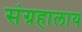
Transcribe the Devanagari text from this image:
संग्रहालाय